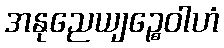
အနုညေယျဉ္စေဝါဟံ